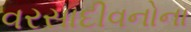
વરસાદીવનોના